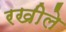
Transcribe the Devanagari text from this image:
रखीले